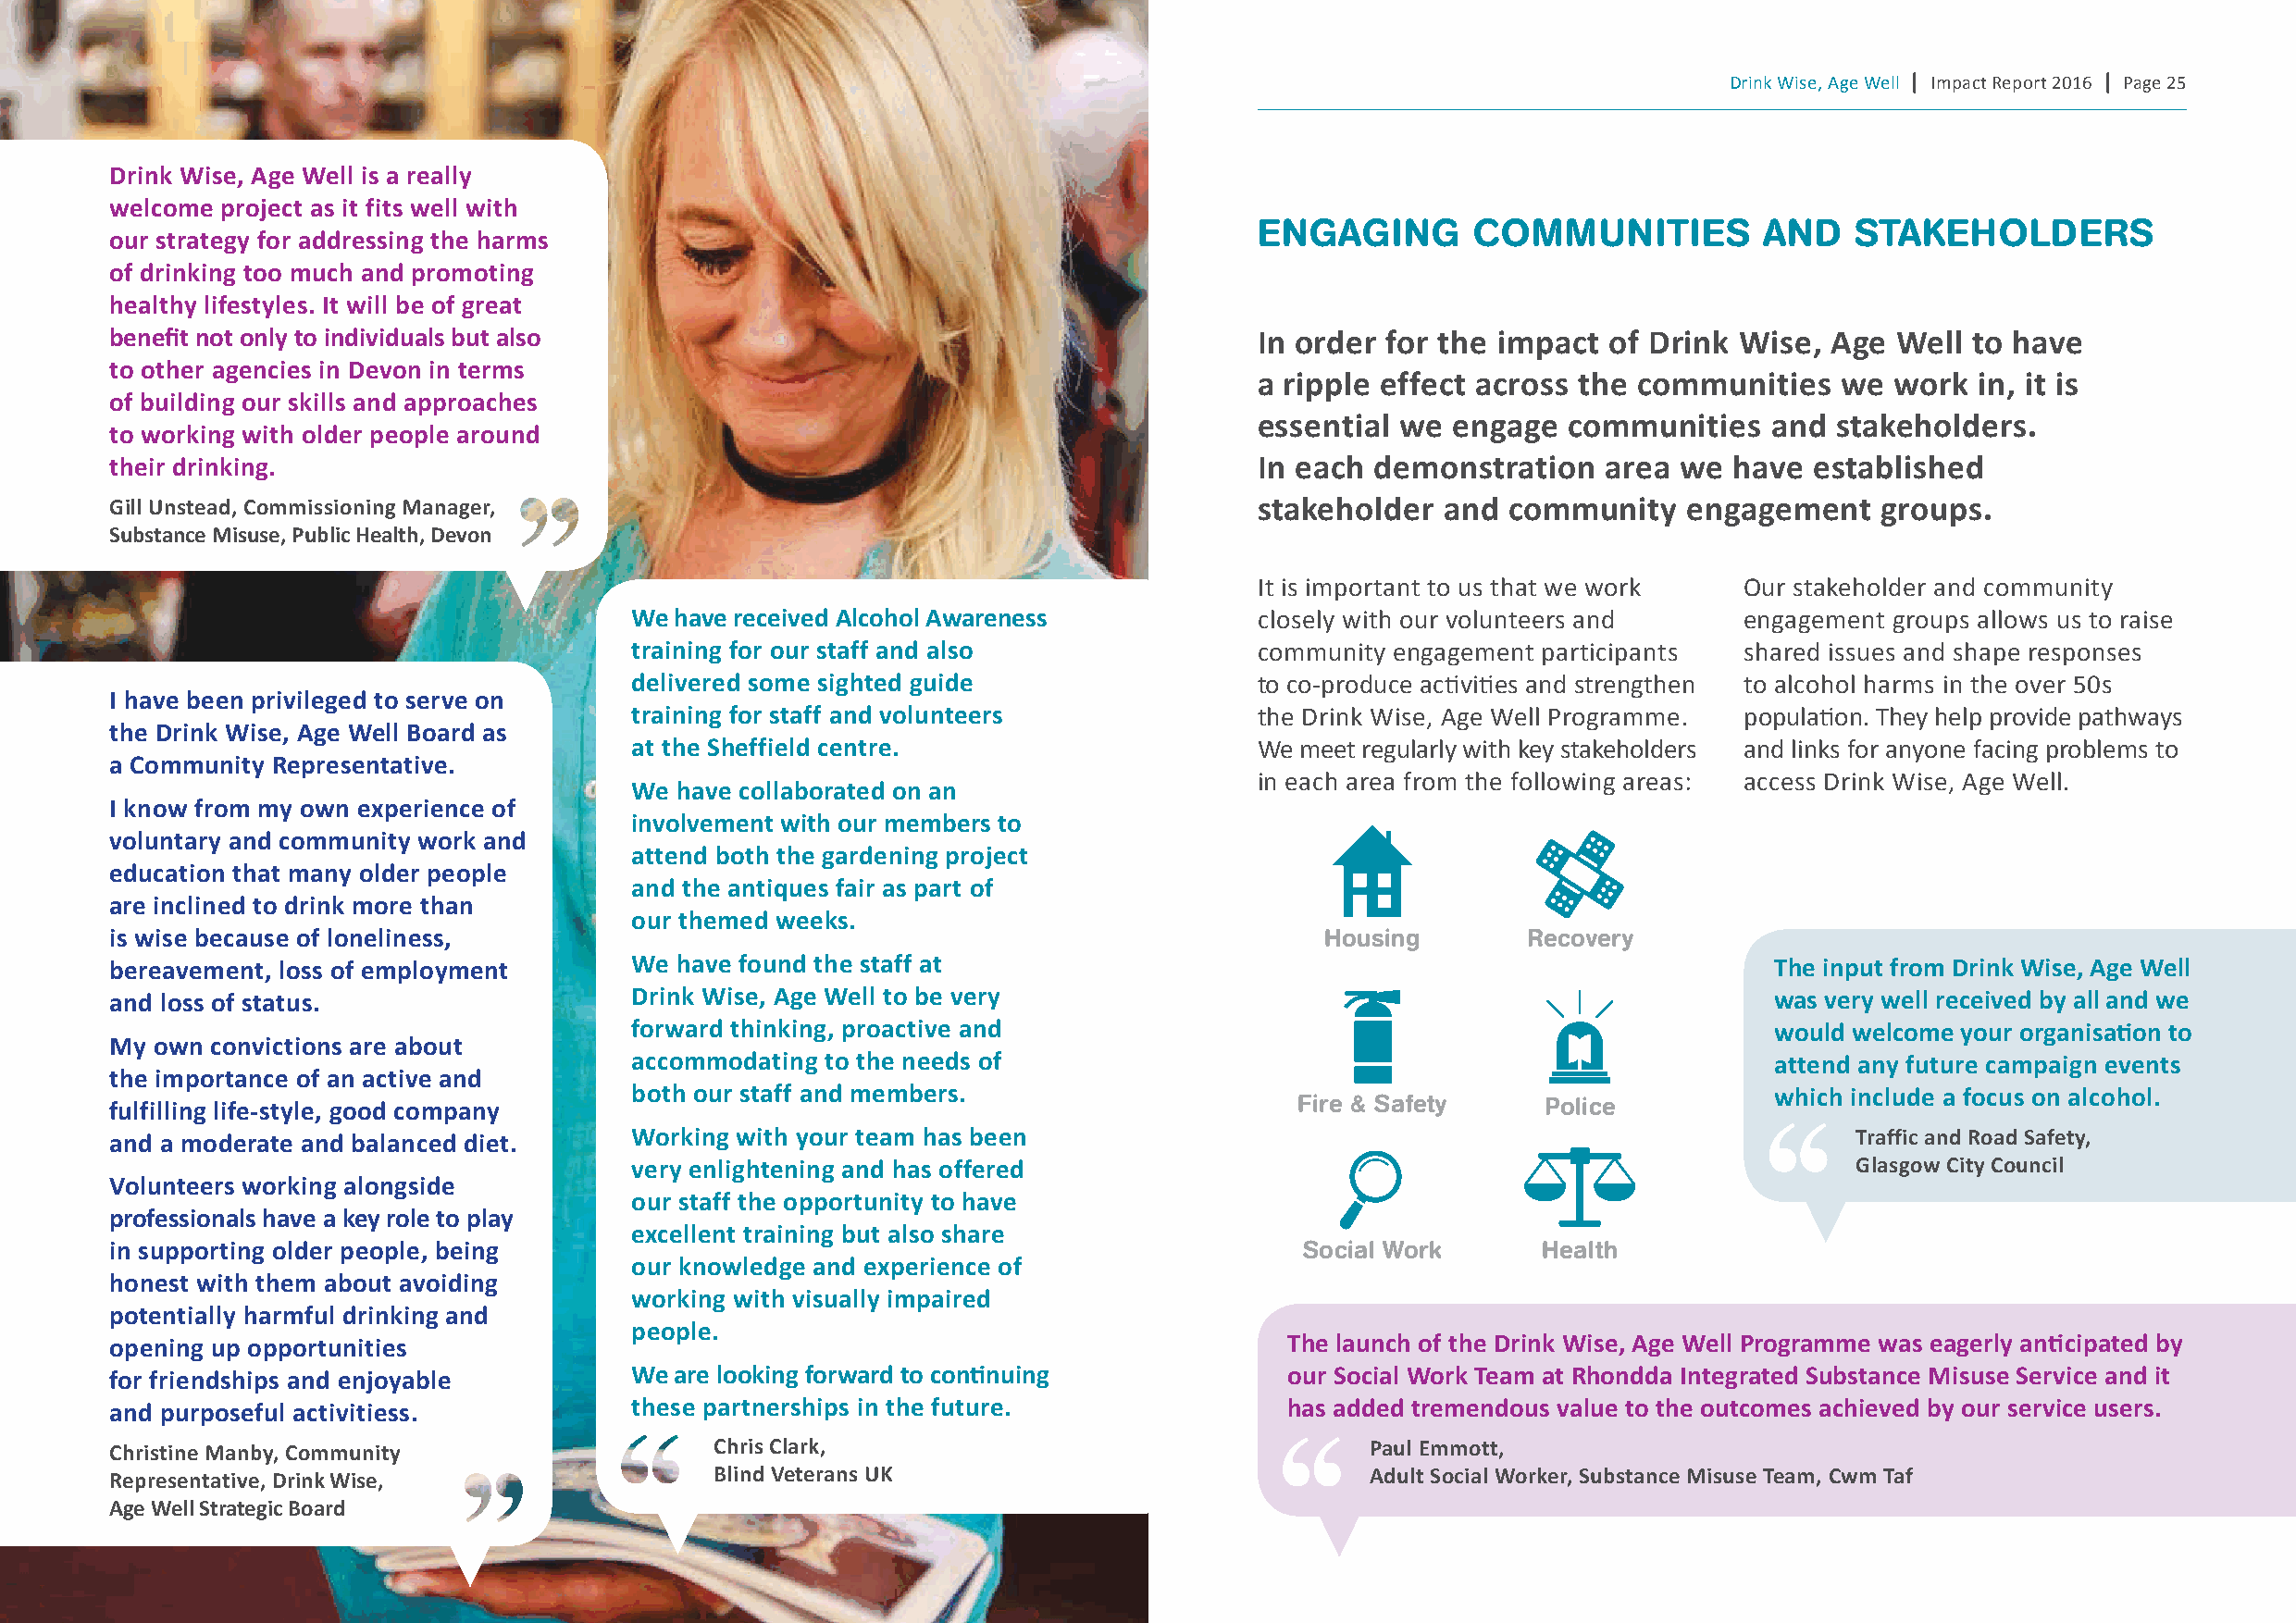
Drink Wise, Age Well | Impact Report 2016 | Page 25
 drink wise, age well is a really
 welcome project as it fits well with
 engAgIng       CoMMunITIes         A  nD   sTAKeHoLDeRs
 our strategy for addressing the harms
 of drinking too much and promoting
 healthy lifestyles. It will be of great
 benefit not only to individuals but also                                          In order for the impact  of drink wise,  age well  to have
 to other agencies in devon in terms
 a ripple effect across the communities    we work  in, it is
 of building our skills and approaches
 essential we  engage  communities    and stakeholders.
 to working with older people around
 their drinking.                                                                   In each demonstration    area we  have  established
 gill Unstead, commissioning Manager,                                              stakeholder  and  community    engagement    groups.
 substance Misuse, public health, devon
 It is important to us that we work Our stakeholder and community
 we have received alcohol awareness           closely with our volunteers and    engagement groups allows us to raise
 training for our staff and also              community engagement participants  shared issues and shape responses
 delivered some sighted guide                 to co-produce activities and strengthen to alcohol harms in the over 50s
 I have been privileged to serve on
 training for staff and volunteers            the Drink Wise, Age Well Programme. population. They help provide pathways
 the drink wise, age well Board as
 at the sheffield centre.                     We meet regularly with key stakeholders and links for anyone facing problems to
 a community representative.
 in each area from the following areas: access Drink Wise, Age Well.
 we have collaborated on an
 I know from my own experience of
 involvement with our members to
 voluntary and community work and
 attend both the gardening project
 education that many older people
 and the antiques fair as part of
 are inclined to drink more than
 our themed weeks.
 is wise because of loneliness,                                                         Housing       Recovery
 bereavement, loss of employment      we have found the staff at                                                        the input from drink wise, age well
 and loss of status.                  drink wise, age well to be very                                                   was very well received by all and we
 forward thinking, proactive and                                                   would welcome your organisation to
 My own convictions are about
 accommodating to the needs of                                                     attend any future campaign events
 the importance of an active and
 both our staff and members.                                                       which include a focus on alcohol.
 fulfilling life-style, good company                                                  Fire & safety    Police
 and a moderate and balanced diet.    working with your team has been                                                         traffic and road safety,
 very enlightening and has offered                                                       glasgow city council
 volunteers working alongside
 our staff the opportunity to have
 professionals have a key role to play
 excellent training but also share
 in supporting older people, being                                                    social Work      Health
 our knowledge and experience of
 honest with them about avoiding
 working with visually impaired
 potentially harmful drinking and
 people.
 opening up opportunities                                                            the launch of the drink wise, age well programme was eagerly anticipated by
 for friendships and enjoyable        we are looking forward to continuing           our social work team at rhondda Integrated substance Misuse service and it
 and purposeful activitiess.          these partnerships in the future.              has added tremendous value to the outcomes achieved by our service users.
 christine Manby, community                 chris clark,                                   paul emmott,
 representative, drink wise,                Blind veterans UK                              adult social worker, substance Misuse team, cwm taf
 age well strategic Board